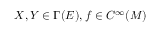
X , Y \in \Gamma ( E ) , f \in C ^ { \infty } ( M )